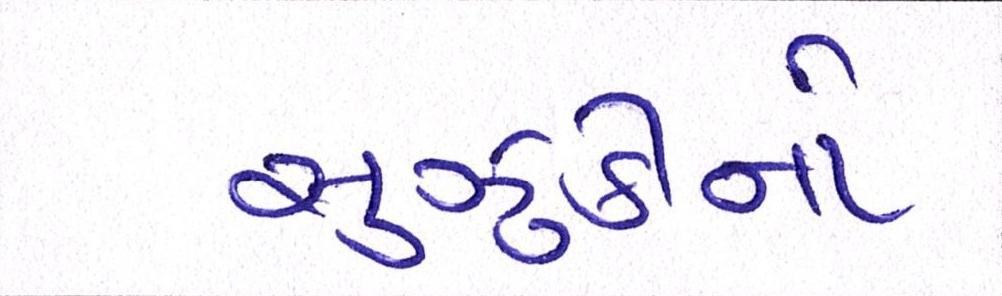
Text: સુઝુકીનો